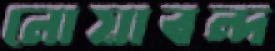
নোয়াবন্দ